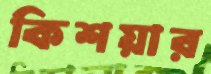
কিশয়ার